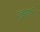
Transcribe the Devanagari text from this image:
जहूरी